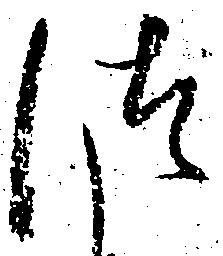
つ